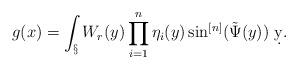
LaTeX: \begin{align*}g(x) = \int_\S W_r(y)\prod_{i=1}^n\eta_i(y)\sin^{[n]}(\tilde \Psi(y))\ \d y.\end{align*}